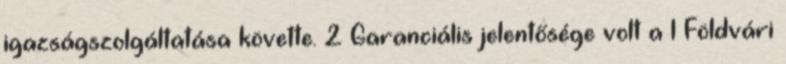
igazságszolgáltatása követte. 2 Garanciális jelentősége volt a 1 Földvári